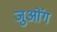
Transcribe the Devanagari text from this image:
जुओंग